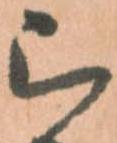
被